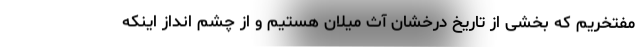
مفتخریم که بخشی از تاریخ درخشان آث میلان هستیم و از چشم انداز اینکه